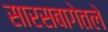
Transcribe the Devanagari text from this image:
सारसबागेतले